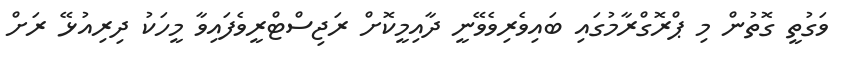
ވަގުތީ ގޮތުން މި ޕްރޮގްރާމުގައި ބައިވެރިވެވޭނީ ދާއިމީކޮށް ރަޖިސްޓްރީވެފައިވާ މީހަކު ދިރިއުޅޭ ރަށް